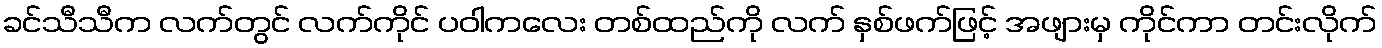
ခင်သီသီက လက်တွင် လက်ကိုင် ပဝါကလေး တစ်ထည်ကို လက် နှစ်ဖက်ဖြင့် အဖျားမှ ကိုင်ကာ တင်းလိုက်